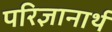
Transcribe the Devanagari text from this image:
परिज्ञानार्थ